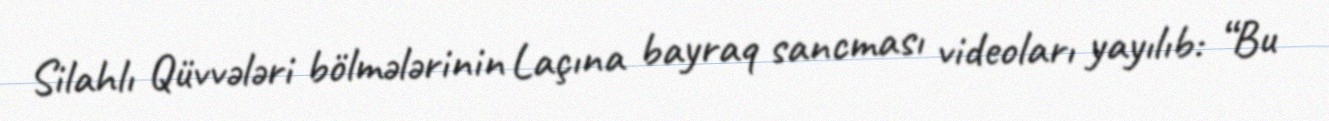
Silahlı Qüvvələri bölmələrinin Laçına bayraq sancması videoları yayılıb: “Bu